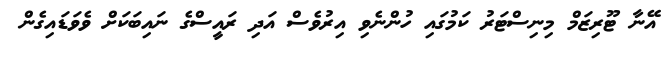
އޭނާ ޓޫރިޒަމް މިނިސްޓަރު ކަމުގައި ހުންނެވި އިރުވެސް އަދި ރައީސްގެ ނައިބަކަށް ވެވަޑައިގެން